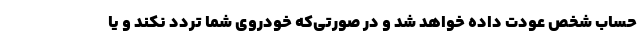
حساب شخص عودت داده خواهد شد و در صورتی‌که خودروی شما تردد نکند و یا